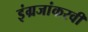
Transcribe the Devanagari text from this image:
इंग्रजांकरवी